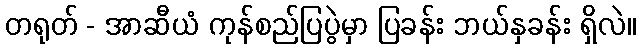
တရုတ် - အာဆီယံ ကုန်စည်ပြပွဲမှာ ပြခန်း ဘယ်နှခန်း ရှိလဲ။